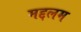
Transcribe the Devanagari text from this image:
मद्दलम